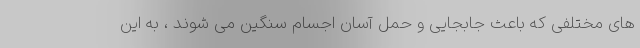
های مختلفی که باعث جابجایی و حمل آسان اجسام سنگین می شوند ، به این